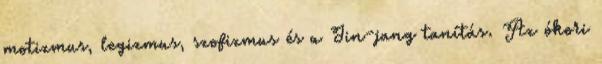
motizmus, legizmus, szofizmus és a Jin-jang tanítás. Az ókori